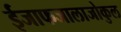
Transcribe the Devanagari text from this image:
ईजाफजालाजोकुल